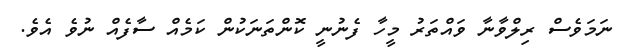
ނަމަވެސް ރިލްވާނާ ވައްތަރު މީހާ ފެނުނީ ކޮންތަނަކުން ކަމެއް ސާފެއް ނުވެ އެވެ.